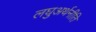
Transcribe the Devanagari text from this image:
लघुअर्थनीति